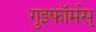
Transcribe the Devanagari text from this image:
गुइफॉर्मस्